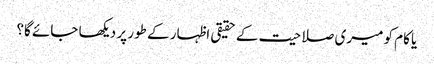
یا کام کو میری صلاحیت کے حقیقی اظہار کے طور پر دیکھا جائے گا؟